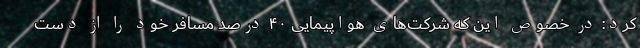
کرد: در خصوص این که شرکت‌های هواپیمایی ۴۰ درصد مسافر خود را از دست